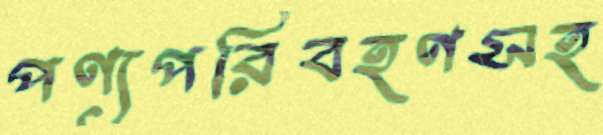
পণ্যপরিবহণসহ